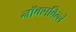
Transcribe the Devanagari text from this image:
नॉक्सविल्ले